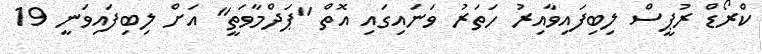
ކްރޯޑް ރުޕީސް ލިބިފައިވާއިރު ހަތަރު ވަނައިގައި އޮތް "ޕަދްމާވަތީ" އަށް ލިބިފައިވަނީ 19